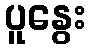
ပူနွေး